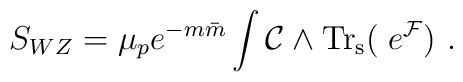
S_{WZ}={\mu_p e^{-m{\bar m}}}\int {\cal C} \wedge {\rm Tr_s}(\;e^{{\cal F}}) \ .